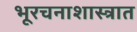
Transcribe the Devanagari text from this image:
भूरचनाशास्त्रात